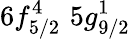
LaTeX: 6f_{5/2}^{4}\, \, 5g_{9/2}^{1}